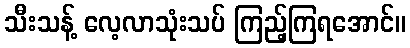
သီးသန့် လေ့လာသုံးသပ် ကြည့်ကြရအောင်။